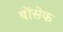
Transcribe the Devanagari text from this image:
बोंसेक